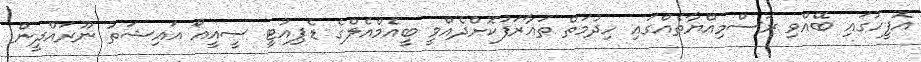
އޮފީހުގައި ބޭއްވި ރަސްމިއްޔާތެއްގައި ހިދުމަތް ތައާރަފުކޮށްދެއްވީ ބީއެމްއެލްގެ ޑެޕިއުޓީ ސީއީއޯ އައިޝަތު ނޫރައްދީން